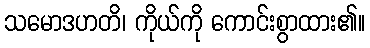
သမောဒဟတိ၊ ကိုယ်ကို ကောင်းစွာထား၏။